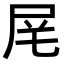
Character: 𪨌